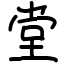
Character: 堂